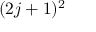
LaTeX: ( 2 j + 1 ) ^ { 2 }